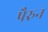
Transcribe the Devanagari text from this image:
पैरुन